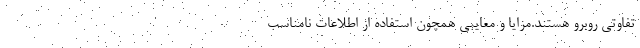
تفاوتی روبرو هستند.مزایا و معایبی همچون استفاده از اطلاعات نامناسب